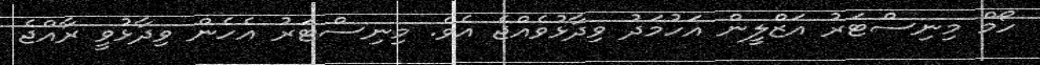
ހޯމް މިނިސްޓަރު އަޒްލީން އަހުމަދު ވިދާޅުވެއްޖެ އެވެ. މިނިސްޓަރު އެހެން ވިދާޅުވީ ރާއްޖެ